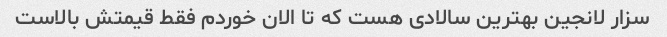
سزار لانجین بهترین سالادی هست که تا الان خوردم فقط قیمتش بالاست